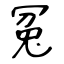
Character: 冤